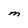
Character: M